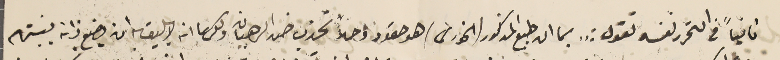
ثانياً فى التحرر نفسَه تقول : " بما ان طبع المذكور (الخورى) هو حقود وحالاً تحزب ضد الرهبان ولكن بما انه لا يليق به ان يضع ذلته بينهم